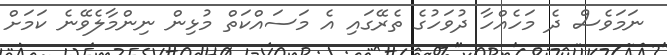
ނަމަވެސް ދެ މަހެއްހާ ދުވަހުގެ ތެރޭގައި އެ މަސައްކަތް މުޅިން ނިންމާލެވޭނެ ކަމަށް